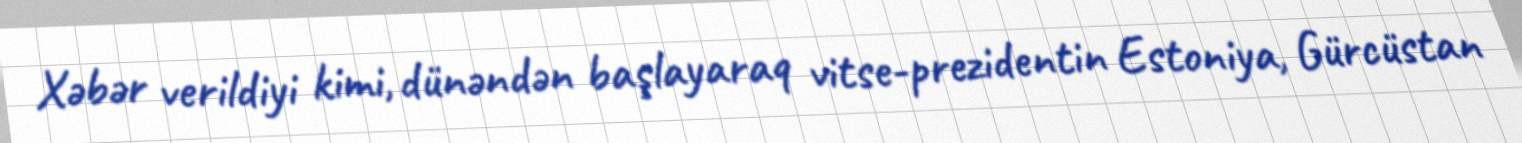
Xəbər verildiyi kimi, dünəndən başlayaraq vitse-prezidentin Estoniya, Gürcüstan